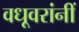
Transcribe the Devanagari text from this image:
वधूवरांनीं